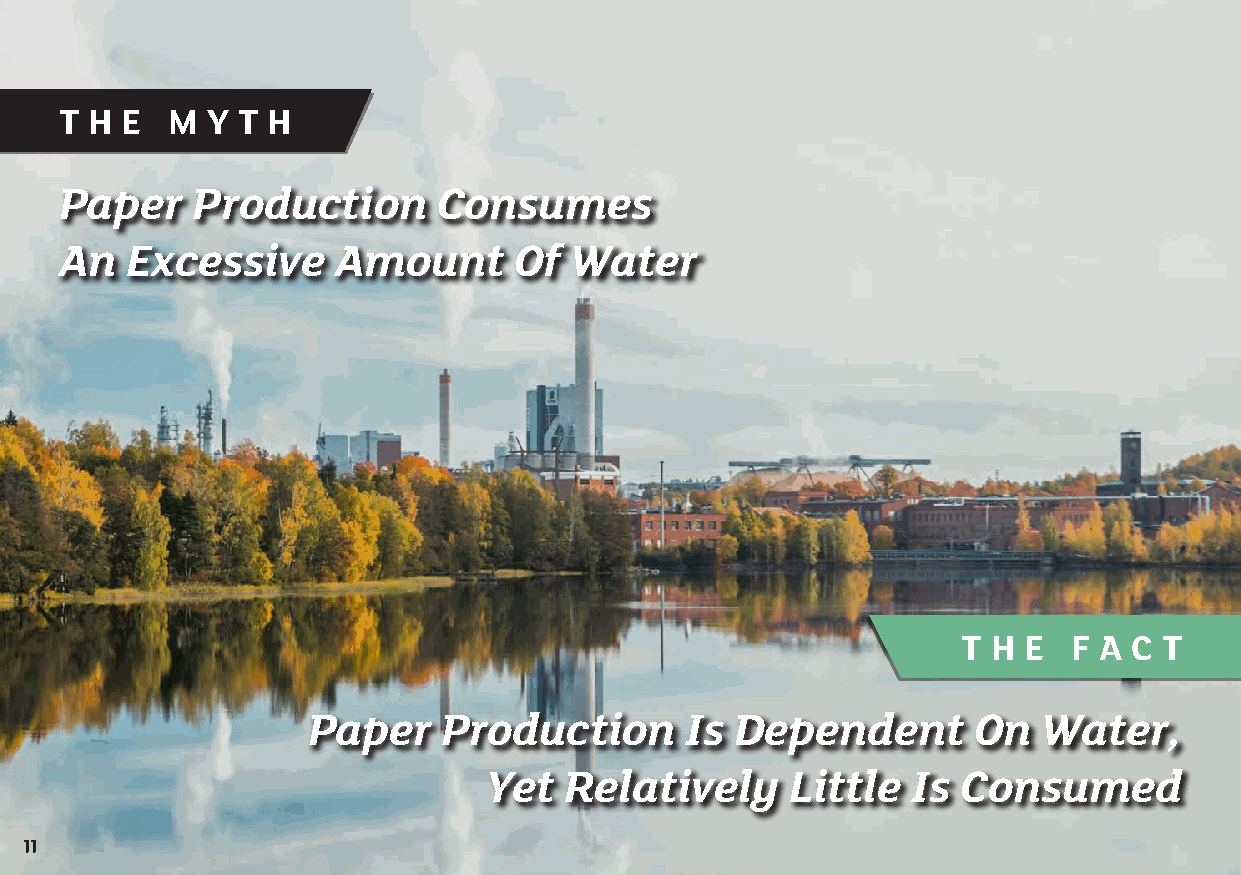
T H E  M  Y T H
 Paper    Production      Consumes
 An  Excessive     Amount      Of  Water
 T H E  F A C T
 Paper    Production      Is  Dependent      On   Water,
 Yet  Relatively     Little  Is  Consumed
 11